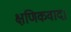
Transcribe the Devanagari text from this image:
क्षणिकवाद।